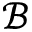
\mathcal { B }